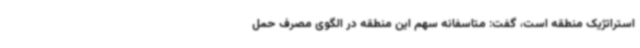
استراتژیک منطقه است، گفت: متاسفانه سهم این منطقه در الگوی مصرف حمل